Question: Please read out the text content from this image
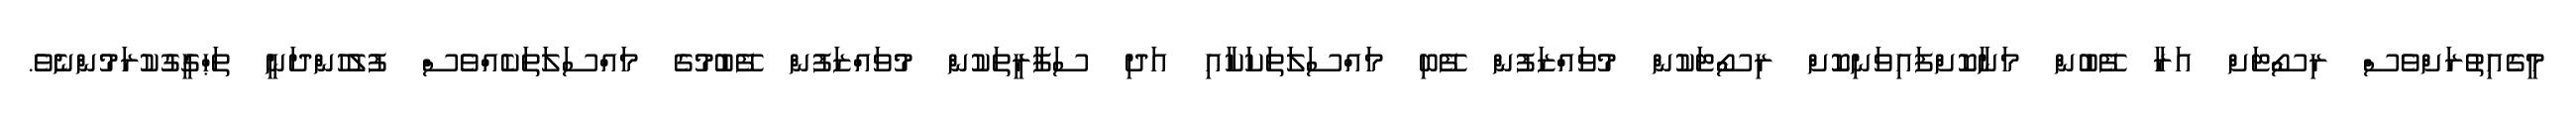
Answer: މީގެއިތުރަށްވެސް ރިސޯޓަށް އަރާ ފޭބުން މަނާކޮށްފައިވަނިކޮށް ރިސޯޓަކުން މުވައްޒަފުން ފޭބި މައްސަލަތަކަކާއި އަދި ސަފާރީތަކުން މުވައްޒަފުން ފޭބުމުގެ މައްސަލަތަކެއްވެސް ފުލުހުންދަނީ ތަޙްގީގުކުރަމުންނެވެ.